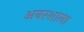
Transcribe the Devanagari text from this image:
अनरशाला